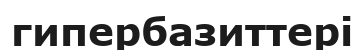
гипербазиттері